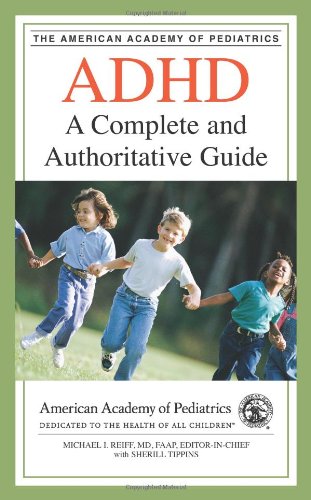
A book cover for ADHD: A Complete and Authoritative Guide (American Academy of Pediatrics); Parenting & Relationships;